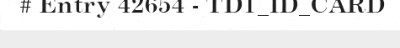
# Entry 42654 - TD1_ID_CARD